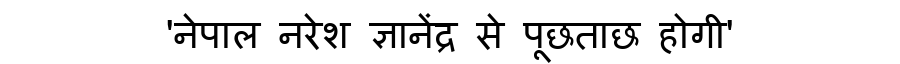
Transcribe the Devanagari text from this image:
'नेपाल नरेश ज्ञानेंद्र से पूछताछ होगी'